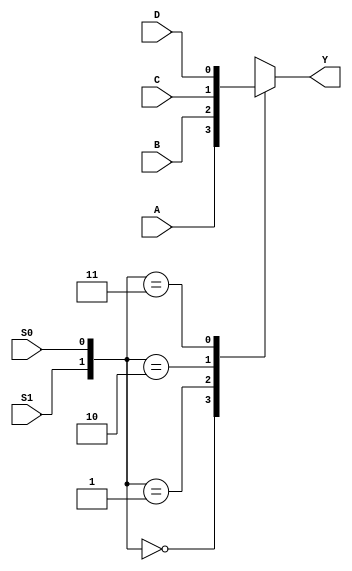
module mux_4to1 (
    input  wire A, // Input line A
    input  wire B, // Input line B
    input  wire C, // Input line C
    input  wire D, // Input line D
    input  wire S0, // Select line S0
    input  wire S1, // Select line S1
    output reg Y // Output line Y
);

always @(*)
begin
    case({S1, S0}) // Select the appropriate input line based on the values of S0 and S1
        2'b00: Y = A;
        2'b01: Y = B;
        2'b10: Y = C;
        2'b11: Y = D;
    endcase
end

endmodule